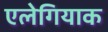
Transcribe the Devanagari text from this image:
एलेगियाक